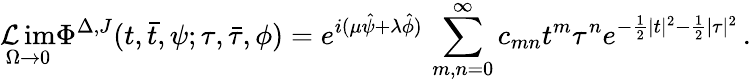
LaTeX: \operatorname*{\mathcal{L}im}_{\Omega\to0}\Phi^{\Delta,J}(t,\bar{{t}},\psi;\tau,\bar{{\tau}},\phi)=e^{i(\mu\hat{{\psi}}+\lambda\hat{{\phi}})}\, \sum_{m,n=0}^{\infty}c_{mn}t^{m}\tau^{n}e^{-\frac{{1}}{{2}}|t|^{2}-\frac{{1}}{{2}}|\tau|^{2}}\, .